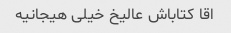
اقا کتاباش عالیخ خیلی هیجانیه